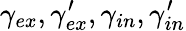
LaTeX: \gamma_{ex},\gamma_{ex}^{\prime},\gamma_{in},\gamma_{in}^{\prime}